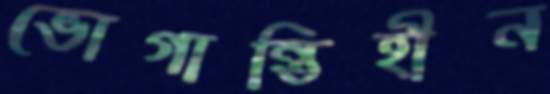
ভোগান্তিহীন